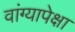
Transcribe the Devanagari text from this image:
वांग्यापेक्षा